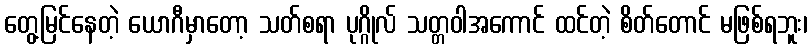
တွေ့မြင်နေတဲ့ ယောဂီမှာတော့ သတ်စရာ ပုဂ္ဂိုလ် သတ္တဝါအကောင် ထင်တဲ့ စိတ်တောင် မဖြစ်ရဘူး၊